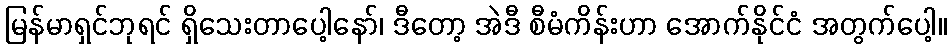
မြန်မာရှင်ဘုရင် ရှိသေးတာပေါ့နော်၊ ဒီတော့ အဲဒီ စီမံကိန်းဟာ အောက်နိုင်ငံ အတွက်ပေါ့။